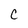
Character: c